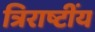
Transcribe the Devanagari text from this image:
त्रिराष्टींय